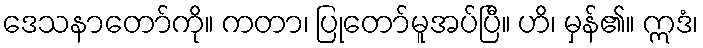
ဒေသနာတော်ကို။ ကတာ၊ ပြုတော်မူအပ်ပြီ။ ဟိ၊ မှန်၏။ ဣဒံ၊